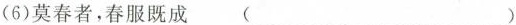
(6)莫春者，春服既成 ( )